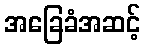
အခြေခံအဆင့်